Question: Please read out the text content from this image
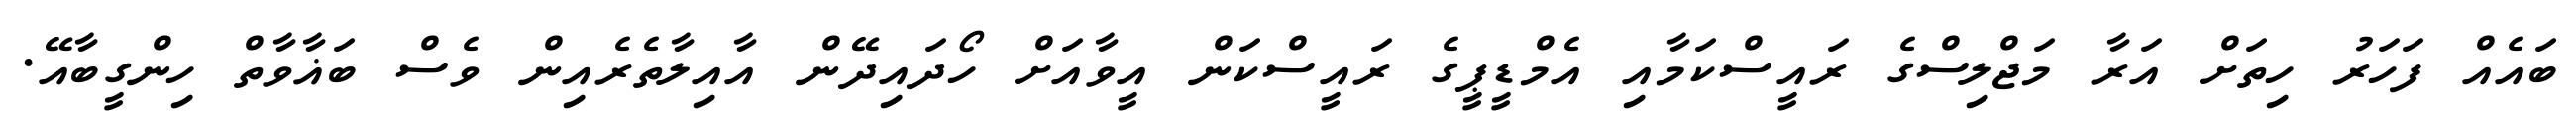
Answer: ބައެއް ފަހަރު ހިތަށް އަރާ މަޖްލިސްގެ ރައީސްކަމާއި އެމްޑީޕީގެ ރައީސްކަން އީވާއަށް ހޯދައިދޭން އާއިލާތެރެއިން ވެސް ބަޣާވާތް ހިންގީބާއޭ.